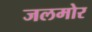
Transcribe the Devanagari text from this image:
जलमोर